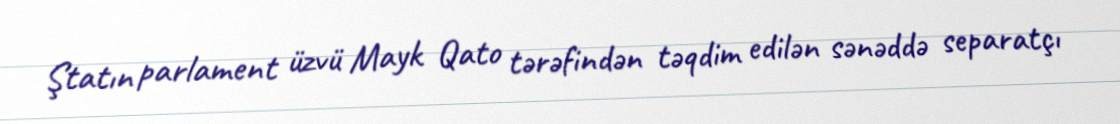
Ştatın parlament üzvü Mayk Qato tərəfindən təqdim edilən sənəddə separatçı